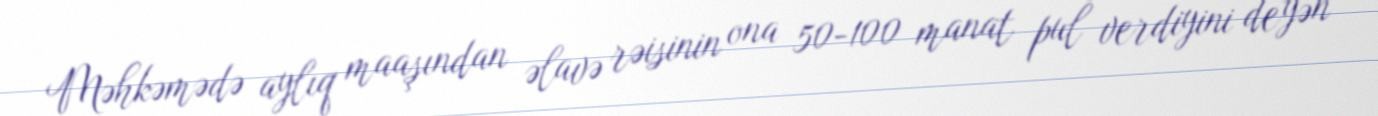
Məhkəmədə aylıq maaşından əlavə rəisinin ona 50-100 manat pul verdiyini deyən